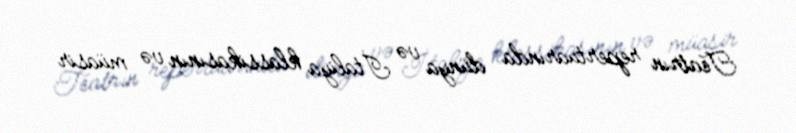
Teatrın repertuarında dünya və İtaliya klassikasının və müasir